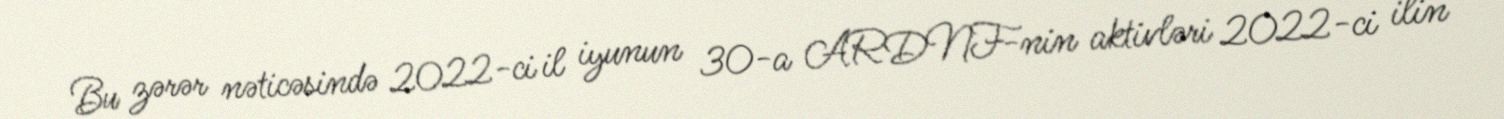
Bu zərər nəticəsində 2022-ci il iyunun 30-a ARDNF-nin aktivləri 2022-ci ilin